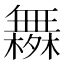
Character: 𰙄